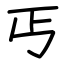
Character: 丐